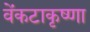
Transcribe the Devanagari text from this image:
वेंकटाकृष्णा